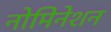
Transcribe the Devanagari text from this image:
नोमिनेशन